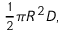
\scriptstyle { \frac { 1 } { 2 } } \pi R ^ { 2 } D ,